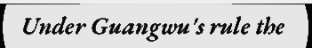
Under Guangwu's rule the